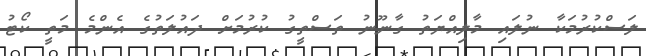
ލަސްކުރުމަކާ ނުލައި މާލިއްޔަތު ގާނޫނު ތަސްތީގު ކުރުމަށް ދައުލަތުގެ އެންމެ މަތީ ކޯޓު